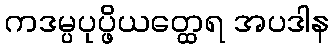
ကဒမ္ပပုပ္ဖိယတ္ထေရ အပဒါန